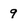
Character: 9